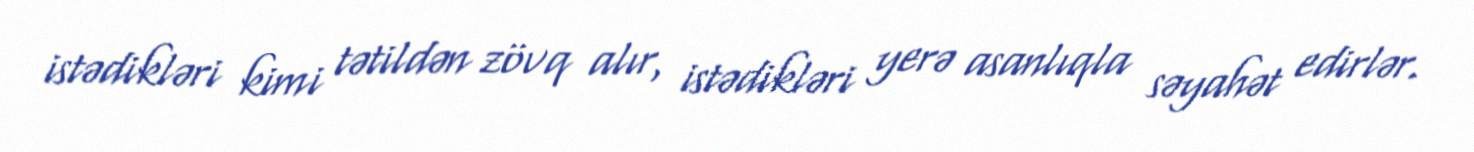
istədikləri kimi tətildən zövq alır, istədikləri yerə asanlıqla səyahət edirlər.